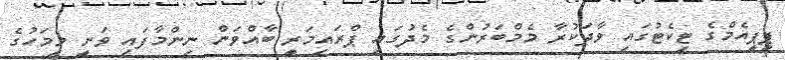
ޕީޕީއެމްގެ ޓިކެޓުގައި ވާދަކުރާ މެމްބަރުންގެ މެދުގައި ޕްރައިމަރީ ބާއްވަން ނިންމާފައި ވަނީ މިމަހުގެ